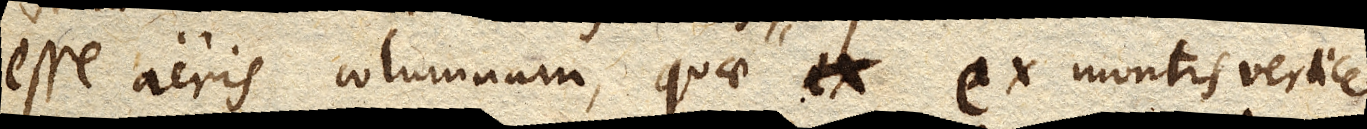
esse aeris columnam, quae ex montis vertice,